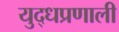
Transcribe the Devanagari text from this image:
युद्धप्रणाली